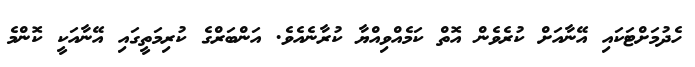
ހެދުމަށްޓަކައި އޭނާއަށް ކުރެވެން އޮތް ކަމެއްވިއްޔާ ކުރާނެއެވެ. އަންބަރްގެ ކުރިމަތީގައި އޭނާއަކީ ކޮންމެ